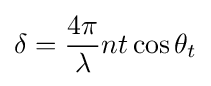
\delta ={\frac {4\pi }{\lambda }}nt\cos \theta _{t}